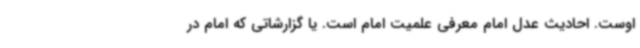
اوست. احادیث عدل امام معرفی علمیت امام است. یا گزارشاتی که امام در